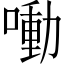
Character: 㗢